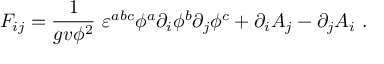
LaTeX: { \cal F } _ { i j } = \frac { 1 } { g v \phi ^ { 2 } } \ \varepsilon ^ { a b c } \phi ^ { a } \partial _ { i } \phi ^ { b } \partial _ { j } \phi ^ { c } + \partial _ { i } A _ { j } - \partial _ { j } A _ { i } \ .